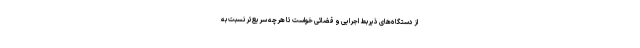
از دستگاه‌های ذیربط اجرایی و قضائی خواست تا هرچه سریع‌تر نسبت به